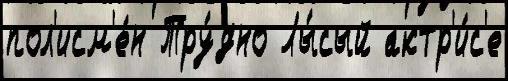
пол'исм'е́н Тру́дно Лы́сый актр'и́с'е